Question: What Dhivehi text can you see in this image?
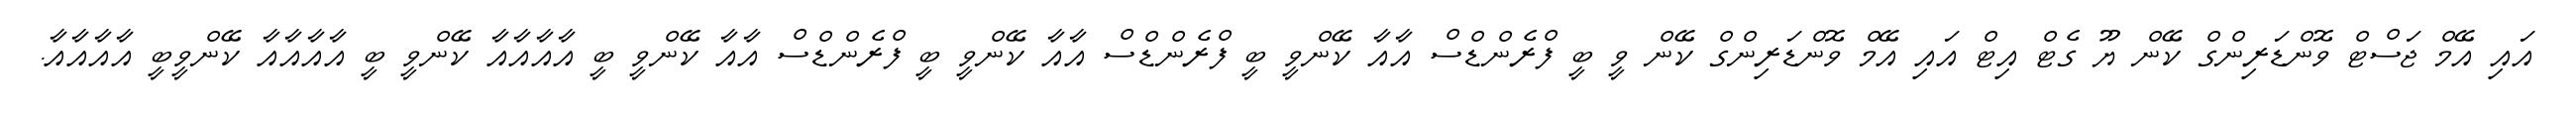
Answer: އައި އޭމް ޖަސްޓް ވޮންޑަރިންގް ކޭން ޔޫ ގެޓް އިޓް އައި އޭމް ވޮންޑަރިންގް ކޭން ވީ ބީ ފްރެންޑްސް އާއާ ކޭންވީ ބީ ފްރެންޑްސް އާއާ ކޭންވީ ބީ ފްރެންޑްސް އާއާ ކޭންވީ ބީ އާއާއާއާ ކޭންވީ ބީ އާއާއާއާ ކޭންވީބީ އާއާއާއާ.